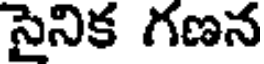
సైనిక గణన